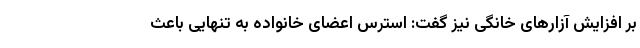
بر افزایش آزارهای خانگی نیز گفت: استرس اعضای خانواده به تنهایی باعث